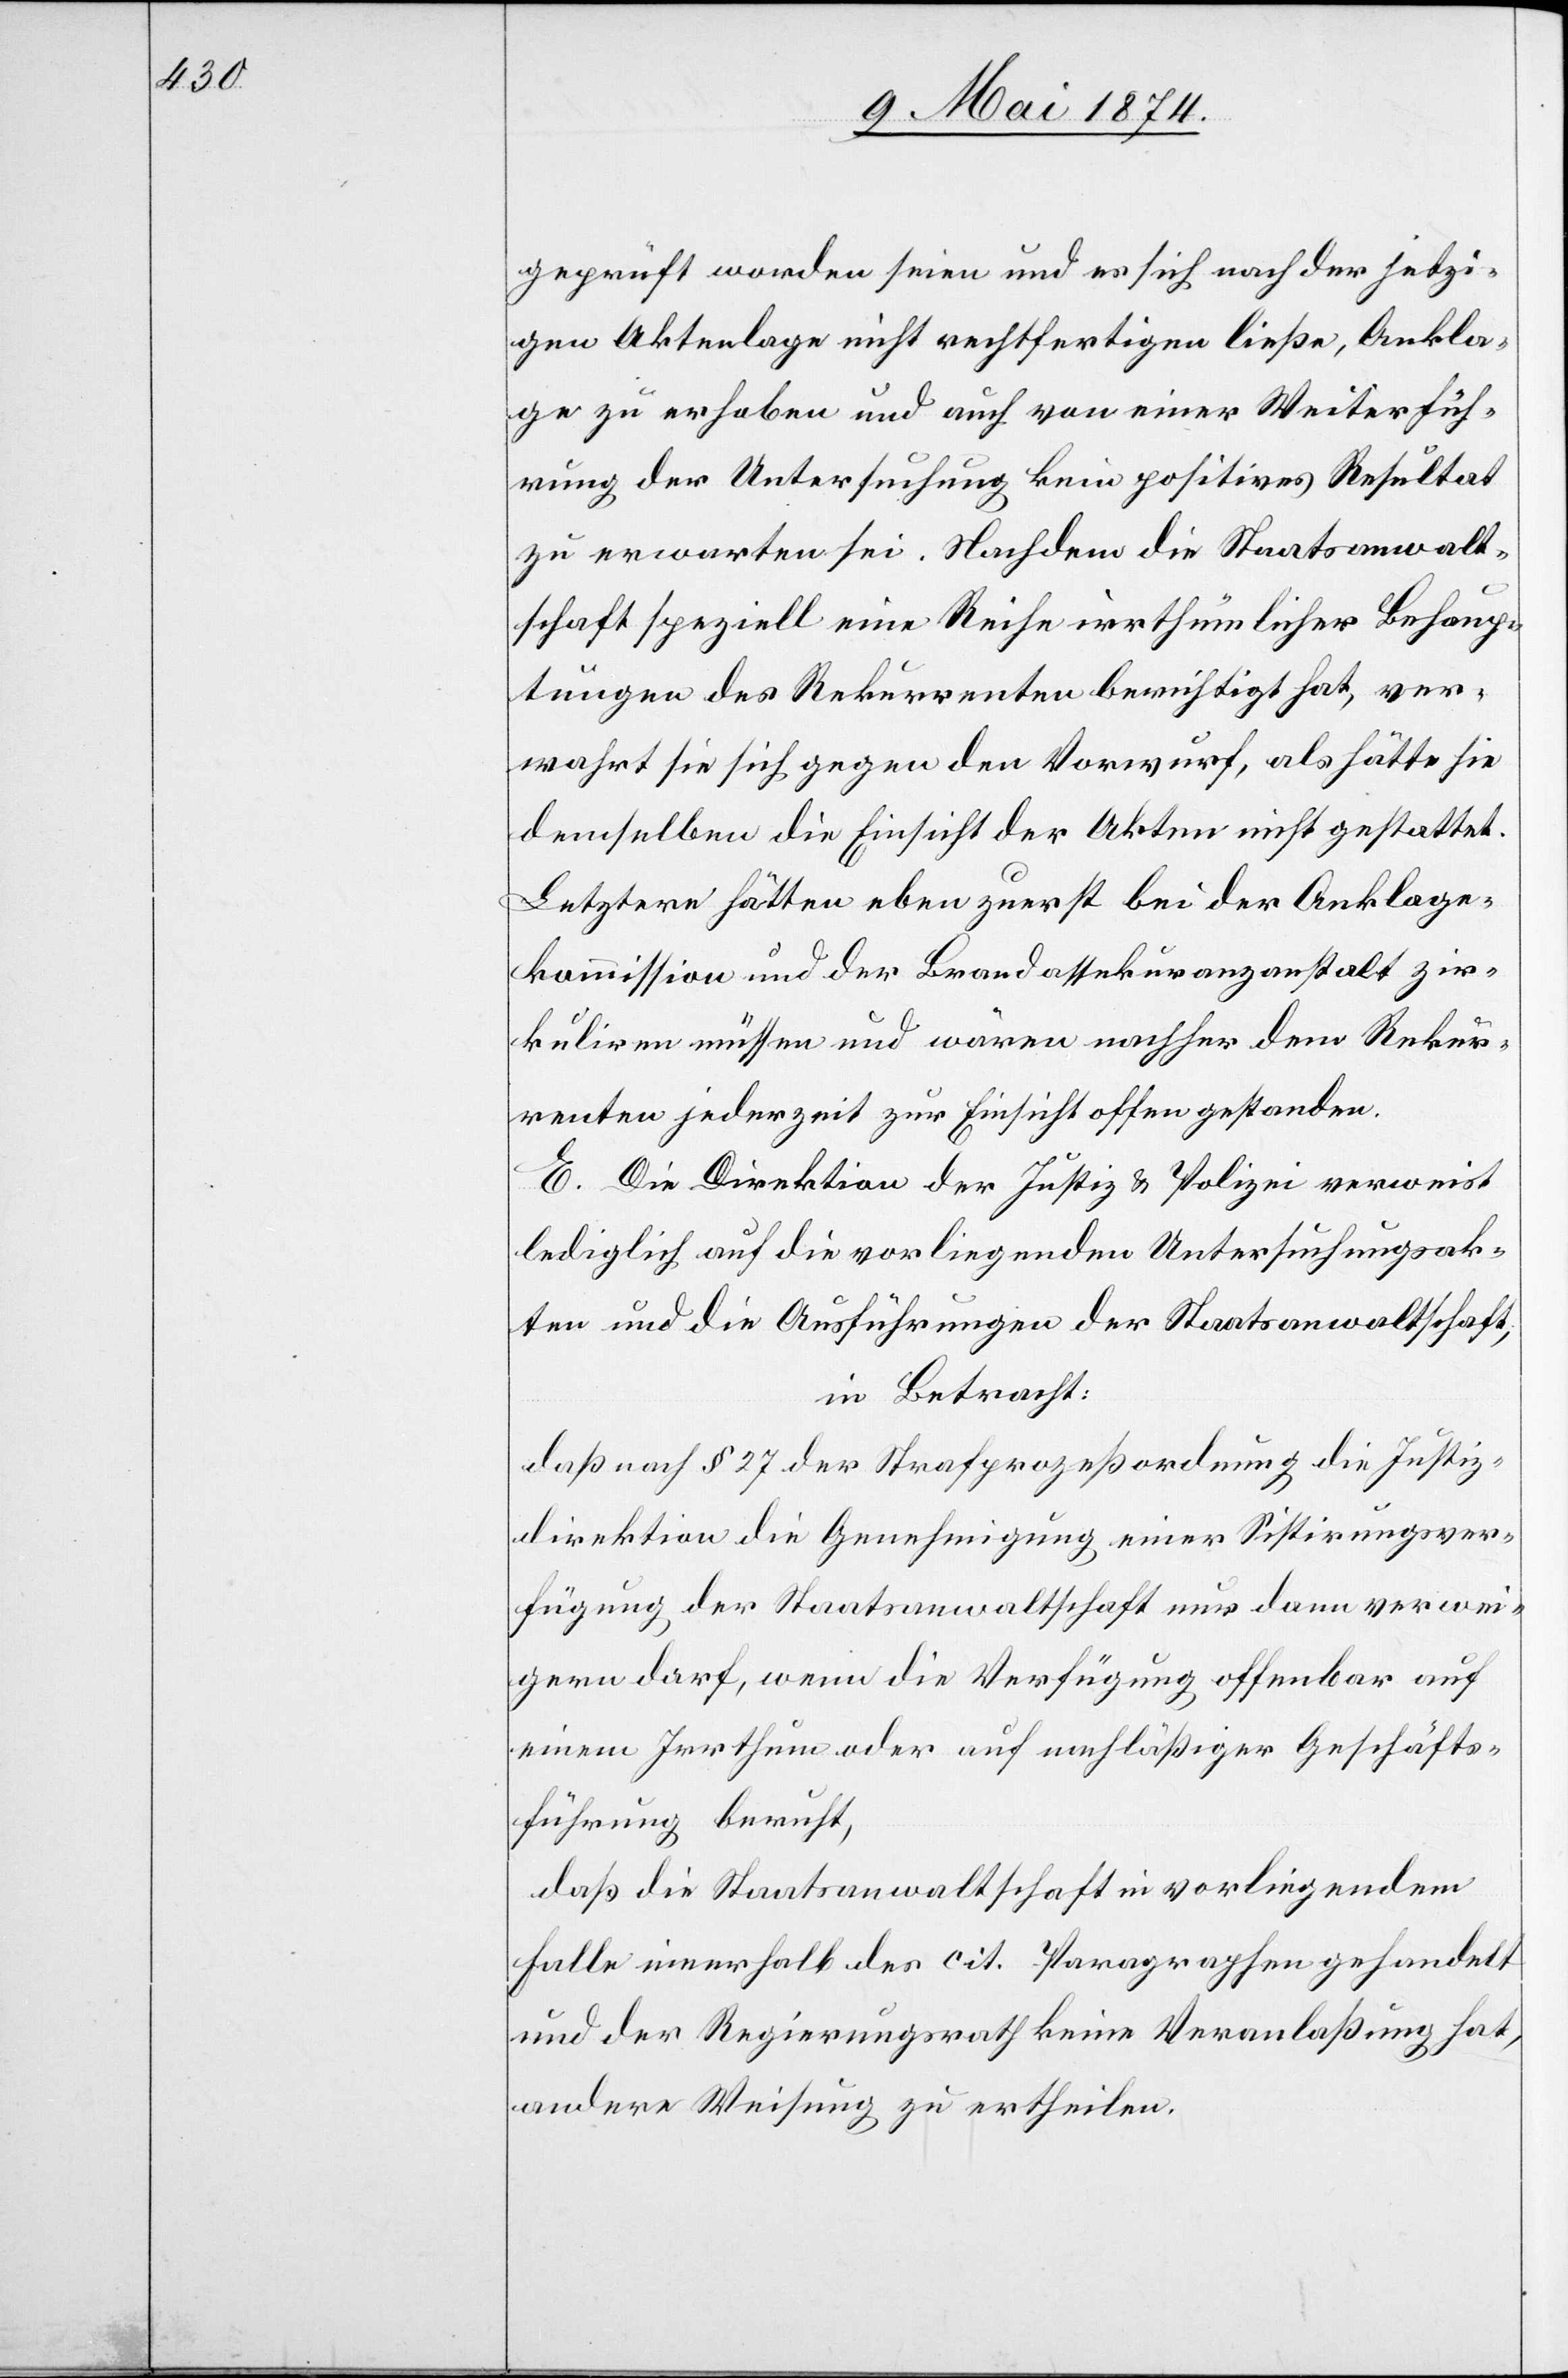
geprüft worden seien und es sich nach der jetzi¬
gen Aktenlage nicht rechtfertigen ließe, Ankla¬
ge zu erheben und auch von einer Weiterfüh¬
rung der Untersuchung kein positives Resultat
zu erwarten sei. Nachdem die Staatsanwalt¬
schaft speziell eine Reihe irrthümlicher Behaup¬
tungen des Rekurrenten berichtigt hat, ver¬
wahrt sie sich gegen den Vorwurf, als hätte sie
demselben die Einsicht der Akten nicht gestattet.
Letztere hätten eben zuerst bei der Anklage¬
kommission und der Brandassekuranzanstalt zir¬
kuliren müssen und wären nachher dem Rekur¬
renten jederzeit zur Einsicht offen gestanden.
E. Die Direktion der Justiz u. Polizei verweist
lediglich auf die vorliegenden Untersuchungsak¬
ten und die Ausführungen der Staatsanwaltschaft,
in Betracht:
daß nach § 27 der Strafprozeßordnung die Justiz¬
direktion die Genehmigung einer Sistirungsver¬
fügung der Staatsanwaltschaft nur dann verwei¬
gern darf, wenn die Verfügung offenbar auf
einem Irrthum oder auf nachläßiger Geschäfts¬
führung beruht,
daß die Staatsanwaltschaft in vorliegendem
Falle innerhalb der cit. Paragraphen gehandelt
und der Regierungsrath keine Veranlaßung hat,
andere Weisung zu ertheilen.